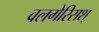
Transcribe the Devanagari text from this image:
वलगेरिसश्